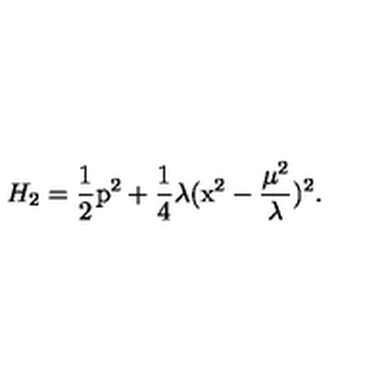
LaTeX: H _ { 2 } = \frac { 1 } { 2 } \mathrm { p } ^ { 2 } + \frac { 1 } { 4 } \lambda ( \mathrm { x } ^ { 2 } - \frac { \mu ^ { 2 } } { \lambda } ) ^ { 2 } .